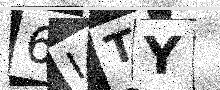
Text: 6ITY